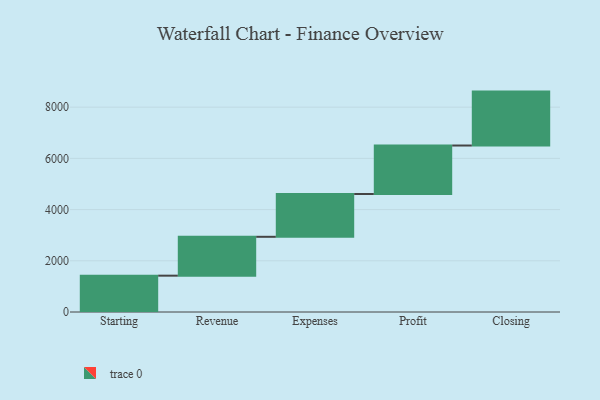
{"axis": {"x": "Step", "y": "Value"}, "legend": [""], "data": [{"x": "Starting", "y": 1419.0, "type": ""}, {"x": "Revenue", "y": 1518.0, "type": ""}, {"x": "Expenses", "y": 1672.0, "type": ""}, {"x": "Profit", "y": 1893.0, "type": ""}, {"x": "Closing", "y": 2106.0, "type": ""}]}